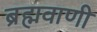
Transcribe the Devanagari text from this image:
ब्रह्मवाणी